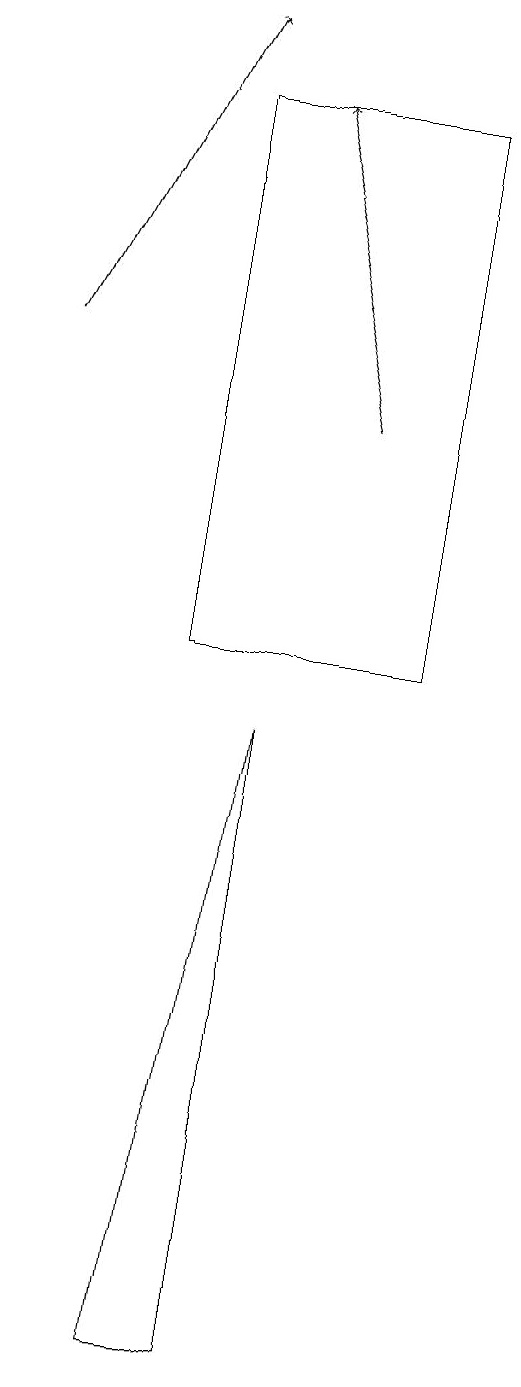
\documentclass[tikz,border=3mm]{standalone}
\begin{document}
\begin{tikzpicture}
\draw (6,17) rectangle (3,10);
\draw[->] (1,14) -- (3,18);
\draw (7,13) rectangle (7,18);
\draw (4,9) -- (4,1) -- (3,1) -- cycle;
\draw[->] (5,13) -- (4,17);
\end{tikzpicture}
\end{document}